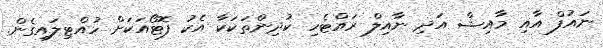
ނައުފް އާއި މާއިޝް އަދި ނާއިލް ރައްޓެހި ކުދިންތަކަކާ އެކު ފޮޓޯއަކަށް ހުއްޓިލައިގެން.